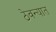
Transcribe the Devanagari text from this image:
ठेवन्यात